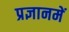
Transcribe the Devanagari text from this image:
प्रज्ञानमें